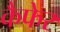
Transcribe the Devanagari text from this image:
कैफेर